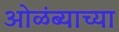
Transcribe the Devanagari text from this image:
ओळंब्याच्या